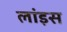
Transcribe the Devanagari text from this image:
लांइस